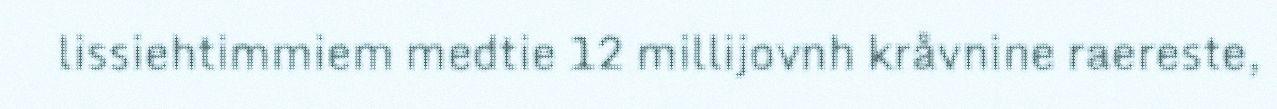
lissiehtimmiem medtie 12 millijovnh kråvnine raereste,